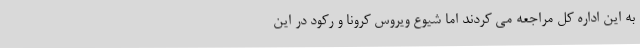
به این اداره کل مراجعه می کردند اما شیوع ویروس کرونا و رکود در این